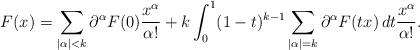
LaTeX: \begin{align*}F(x)=\sum_{|\alpha|<k}\partial^\alpha F(0)\frac{x^\alpha}{\alpha!} +k\int_0^1(1-t)^{k-1}\sum_{|\alpha|=k}\partial^\alpha F(tx)\,dt\frac{x^\alpha}{\alpha!}.\end{align*}